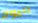
اليوم